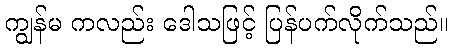
ကျွန်မ ကလည်း ဒေါသဖြင့် ပြန်ပက်လိုက်သည်။